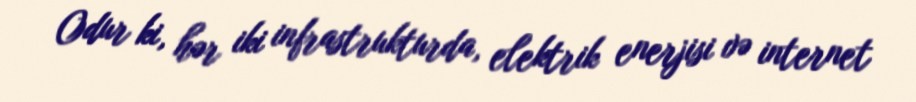
Odur ki, hər iki infrastrukturda, elektrik enerjisi və internet